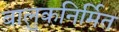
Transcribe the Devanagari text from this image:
बालुकनिर्मित